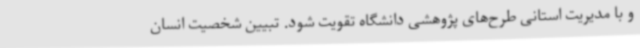
و با مدیریت استانی طرح‌های پژوهشی دانشگاه تقویت شود. تبیین شخصیت انسان